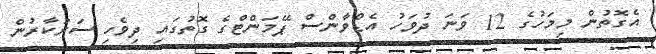
އެގޮތުން މިމަހުގެ 12 ވަނަ ދުވަހު އެޑްވާންސް ޕޭމަންޓްގެ ގޮތުގައި ދިވެހި ސަރުކާރުން